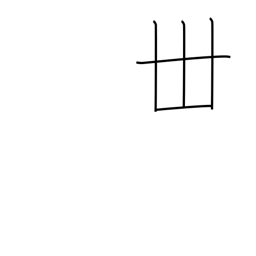
Meaning: thirty